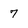
Character: 7